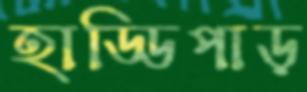
হাড্ডিপাড়